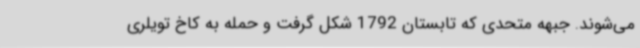
می‌شوند. جبهه متحدی که تابستان 1792 شکل گرفت و حمله به کاخ تویلری